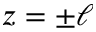
z = \pm \ell